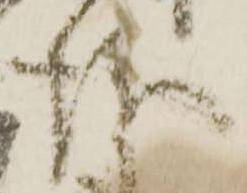
請